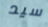
سيد